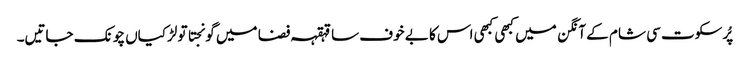
پُرسکوت سی شام کے آنگن میں کبھی کبھی اس کا بے خوف سا قہقہہ فضا میں گونجتا تو لڑکیاں چونک جاتیں۔